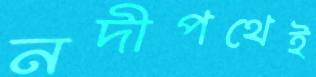
নদীপথেই